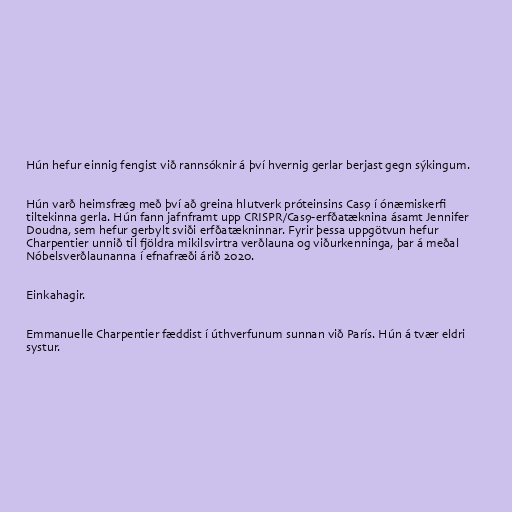
Hún hefur einnig fengist við rannsóknir á því hvernig gerlar berjast gegn sýkingum.

Hún varð heimsfræg með því að greina hlutverk próteinsins Cas9 í ónæmiskerfi
tiltekinna gerla. Hún fann jafnframt upp CRISPR/Cas9-erfðatæknina ásamt Jennifer
Doudna, sem hefur gerbylt sviði erfðatækninnar. Fyrir þessa uppgötvun hefur
Charpentier unnið til fjöldra mikilsvirtra verðlauna og viðurkenninga, þar á meðal
Nóbelsverðlaunanna í efnafræði árið 2020.

Einkahagir.

Emmanuelle Charpentier fæddist í úthverfunum sunnan við París. Hún á tvær eldri
systur.